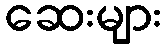
ဆေးများ